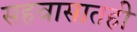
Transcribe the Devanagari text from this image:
सहवासातही